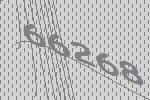
66268